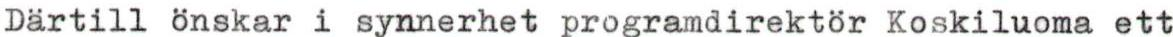
Därtill önskar i synnerhet programdirektör Koskiluoma ett